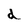
Character: d